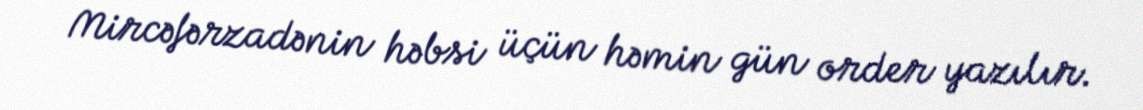
Mircəfərzadənin həbsi üçün həmin gün order yazılır.